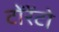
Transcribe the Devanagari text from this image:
टोंरेंटो